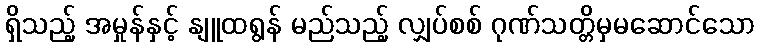
ရှိသည့် အမှုန်နှင့် နျူထရွန် မည်သည့် လျှပ်စစ် ဂုဏ်သတ္တိမှမဆောင်သော